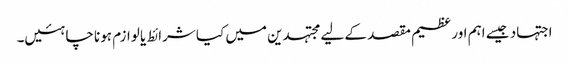
اجتہاد جیسے اہم اور عظیم مقصد کے لیے مجتہدین میں کیا شرائط یا لوازم ہونا چاہئیں۔